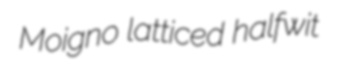
Moigno latticed halfwit